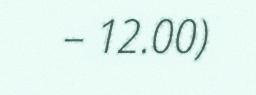
– 12.00)